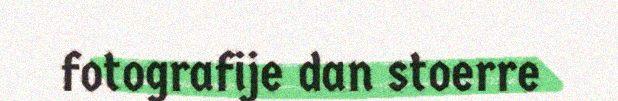
fotografije dan stoerre